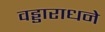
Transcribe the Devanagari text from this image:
वड्डाराधने